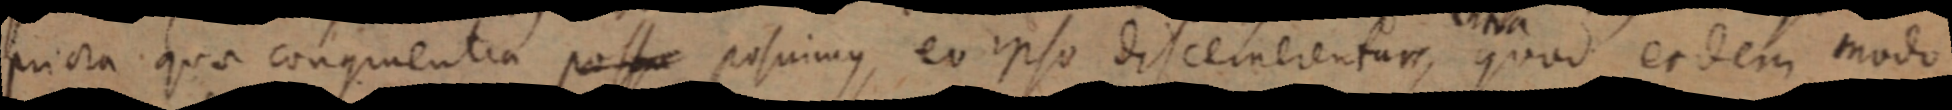
priora quae congruentia possu posuimus, eo ipso discernerentum, quod eodem modo